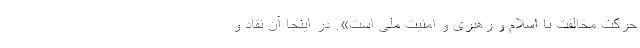
حرکت مخالفت با اسلام و رهبری و امنیت ملی است». در اینجا آن نقاد و